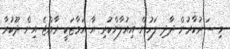
މި ސަރުކާރުން ދާދި ފަހުން އިއުލާންކުރި އާ އަމާޒަކީ ރާއްޖެ އިން ދޫކުރާ